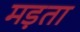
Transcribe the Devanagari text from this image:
मड़ता